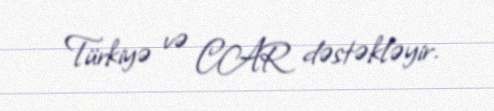
Türkiyə və CAR dəstəkləyir.